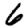
Digit: 6